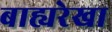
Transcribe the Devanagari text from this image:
बाह्यरेखा